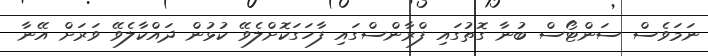
ނަމަވެސް ސަންޓޯސް ބުނާ ގޮތުގައި ފްރާންސްގައި ފާހަގަކޮށްލެވޭ ކުޅުން ދައްކާލެވޭ ވަރަށް އޭނާ